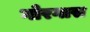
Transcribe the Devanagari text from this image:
गोरगास